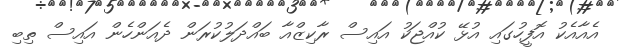
އެއާއެކު އޮފީހުގައި އުޅޭ ކުއްޖަކު އައިސް ރާކިޒްއާ ބައްދަލުކުރަން ދެއަންހެން އައިސް ތިބި